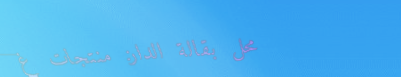
محل بقالة الدار: منتجات غ